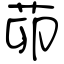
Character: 茆